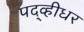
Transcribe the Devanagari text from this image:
पद्व्हीधर